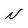
Character: N